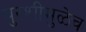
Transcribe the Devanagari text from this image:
बुरशीमुळेच